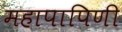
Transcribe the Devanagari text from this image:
महापापिणी